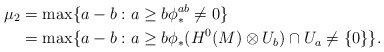
\begin{align*} \mu_2&= \max \{ a-b : a\ge b \phi_*^{ab}\neq 0\} \\ &= \max \{ a-b : a\ge b \phi_*(H^0(M)\otimes U_b) \cap U_a \neq \{0\}\}.\end{align*}